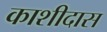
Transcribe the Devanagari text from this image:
काशीदास